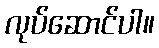
လုပ်ဆောင်ပါ။